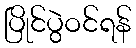
ပြိုင်ပွဲဝင်ရန်